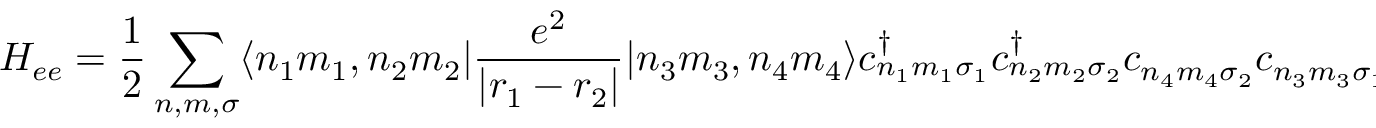
\displaystyle H _ { e e } = { \frac { 1 } { 2 } } \sum _ { n , m , \sigma } \langle n _ { 1 } m _ { 1 } , n _ { 2 } m _ { 2 } | { \frac { e ^ { 2 } } { | r _ { 1 } - r _ { 2 } | } } | n _ { 3 } m _ { 3 } , n _ { 4 } m _ { 4 } \rangle c _ { n _ { 1 } m _ { 1 } \sigma _ { 1 } } ^ { \dagger } c _ { n _ { 2 } m _ { 2 } \sigma _ { 2 } } ^ { \dagger } c _ { n _ { 4 } m _ { 4 } \sigma _ { 2 } } c _ { n _ { 3 } m _ { 3 } \sigma _ { 1 } }